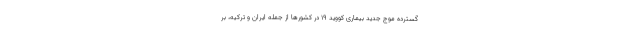
گسترده موج جدید بیماری کووید ۱۹ در کشورها از جمله ایران و ترکیه، بر